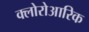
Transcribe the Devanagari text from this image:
क्लोरोआरिक